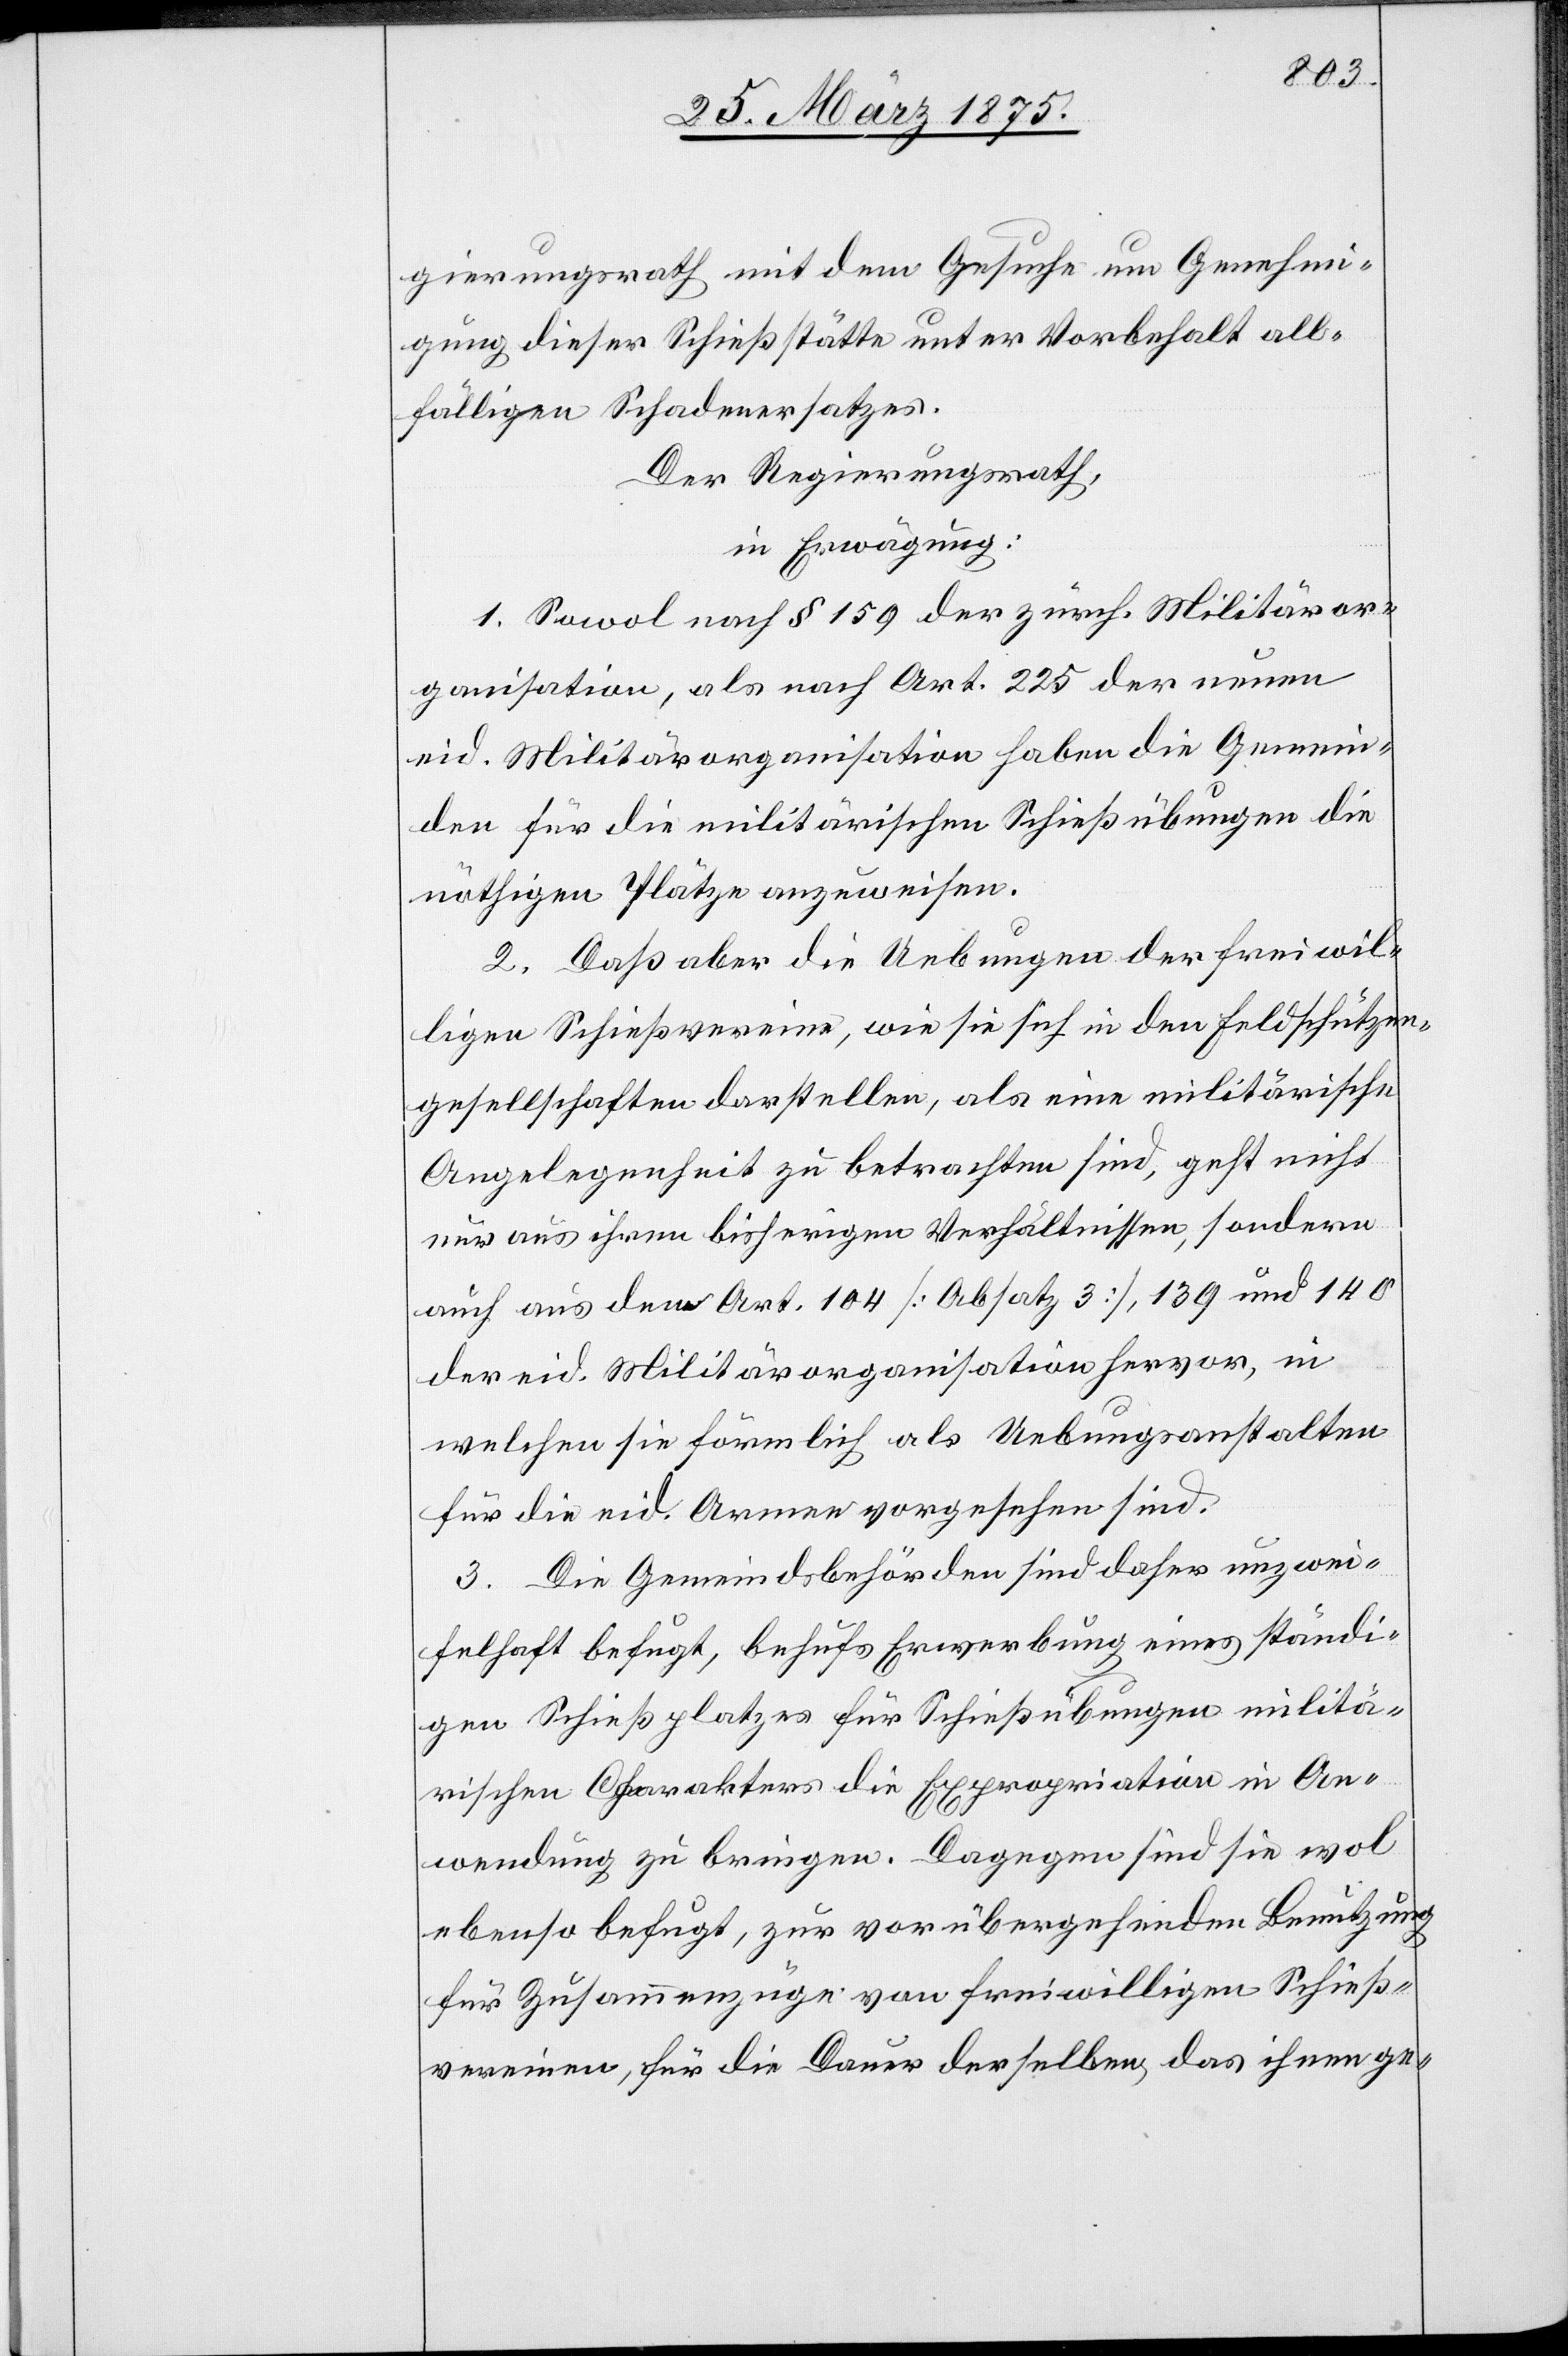
gierungsrath mit dem Gesuche um Genehmi¬
gung dieser Schießstätte unter Vorbehalt all¬
fälligen Schadenersatzes.
Der Regierungsrath,
in Erwägung:
1. Sowol nach § 159 der zürch. Militäror¬
ganisation, als nach Art. 225 der neuen
eid. Militärorganisation haben die Gemein¬
den für die militärischen Schießübungen die
nöthigen Plätze auszuweisen.
2. Daß aber die Uebungen der freiwil¬
ligen Schießvereine, wie sie sich in den Feldschützen¬
gesellschaften darstellen, als eine militärische
Angelegenheit zu betrachten sind, geht nicht
nur aus ihrem bisherigen Verhältnissen, sondern
auch aus den Art. 104 [Absatz 3], 139 und 140
der eid. Militärorganisation hervor, in
welchen sie förmlich als Uebungsanstalten
für die eid. Armee vorgesehen sind.
3. Die Gemeindsbehörden sind daher unzwei¬
felhaft befugt, behufs Erwerbung eines ständi¬
gen Schießplatzes für Schießübungen militä¬
rischen Charakters die Expropriation in An¬
wendung zu bringen. Dagegen sind sie wol
ebenso befugt, zur vorübergehenden Benutzung
für Zusammenzüge von Freiwilligen Schieß¬
vereinen, für die Dauer derselben das ihnen ge-